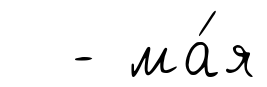
- ма́я